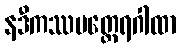
နဒီကဿပတ္ထေရဂါထာ